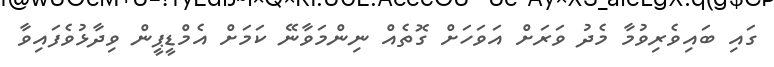
ގައި ބައިވެރިވުމާ މެދު ވަރަށް އަވަހަށް ގޮތެއް ނިންމަވާނޭ ކަމަށް އެމްޑީޕީން ވިދާޅުވެފައިވާ